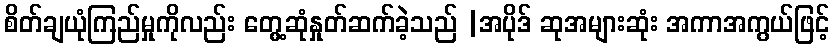
စိတ်ချယုံကြည်မှုကိုလည်း တွေ့ဆုံနှုတ်ဆက်ခဲ့သည် |အပိုဒ် ဆုအများဆုံး အကာအကွယ်ဖြင့်